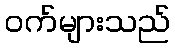
ဝက်များသည်